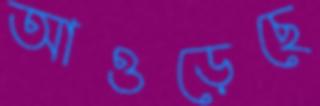
আওড়েছে